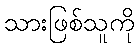
သားဖြစ်သူကို